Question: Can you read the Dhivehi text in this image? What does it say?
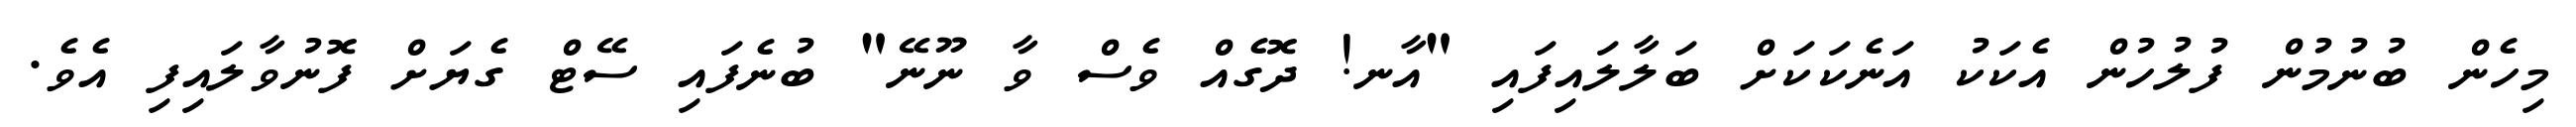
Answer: މިހެން ބުނުމުން ފުލުހުން އެކަކު އަނެކަކަށް ބަލާލައިފައި "އާނ! ދޮގެއް ވެސް ވާ ނޫނޭ" ބުނެފައި ސޭޓް ގެޔަށް ފޮނުވާލައިފި އެވެ.